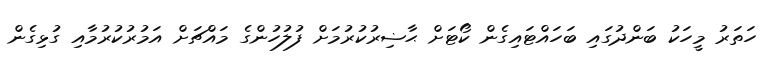
ހަތަރު މީހަކު ބަންދުގައި ބަހައްޓައިގެން ކޯޓަށް ޙާޟިރުކުރުމަށް ފުލުހުންގެ މައްޗަށް އަމުރުކުރުމާއި ގުޅިގެން